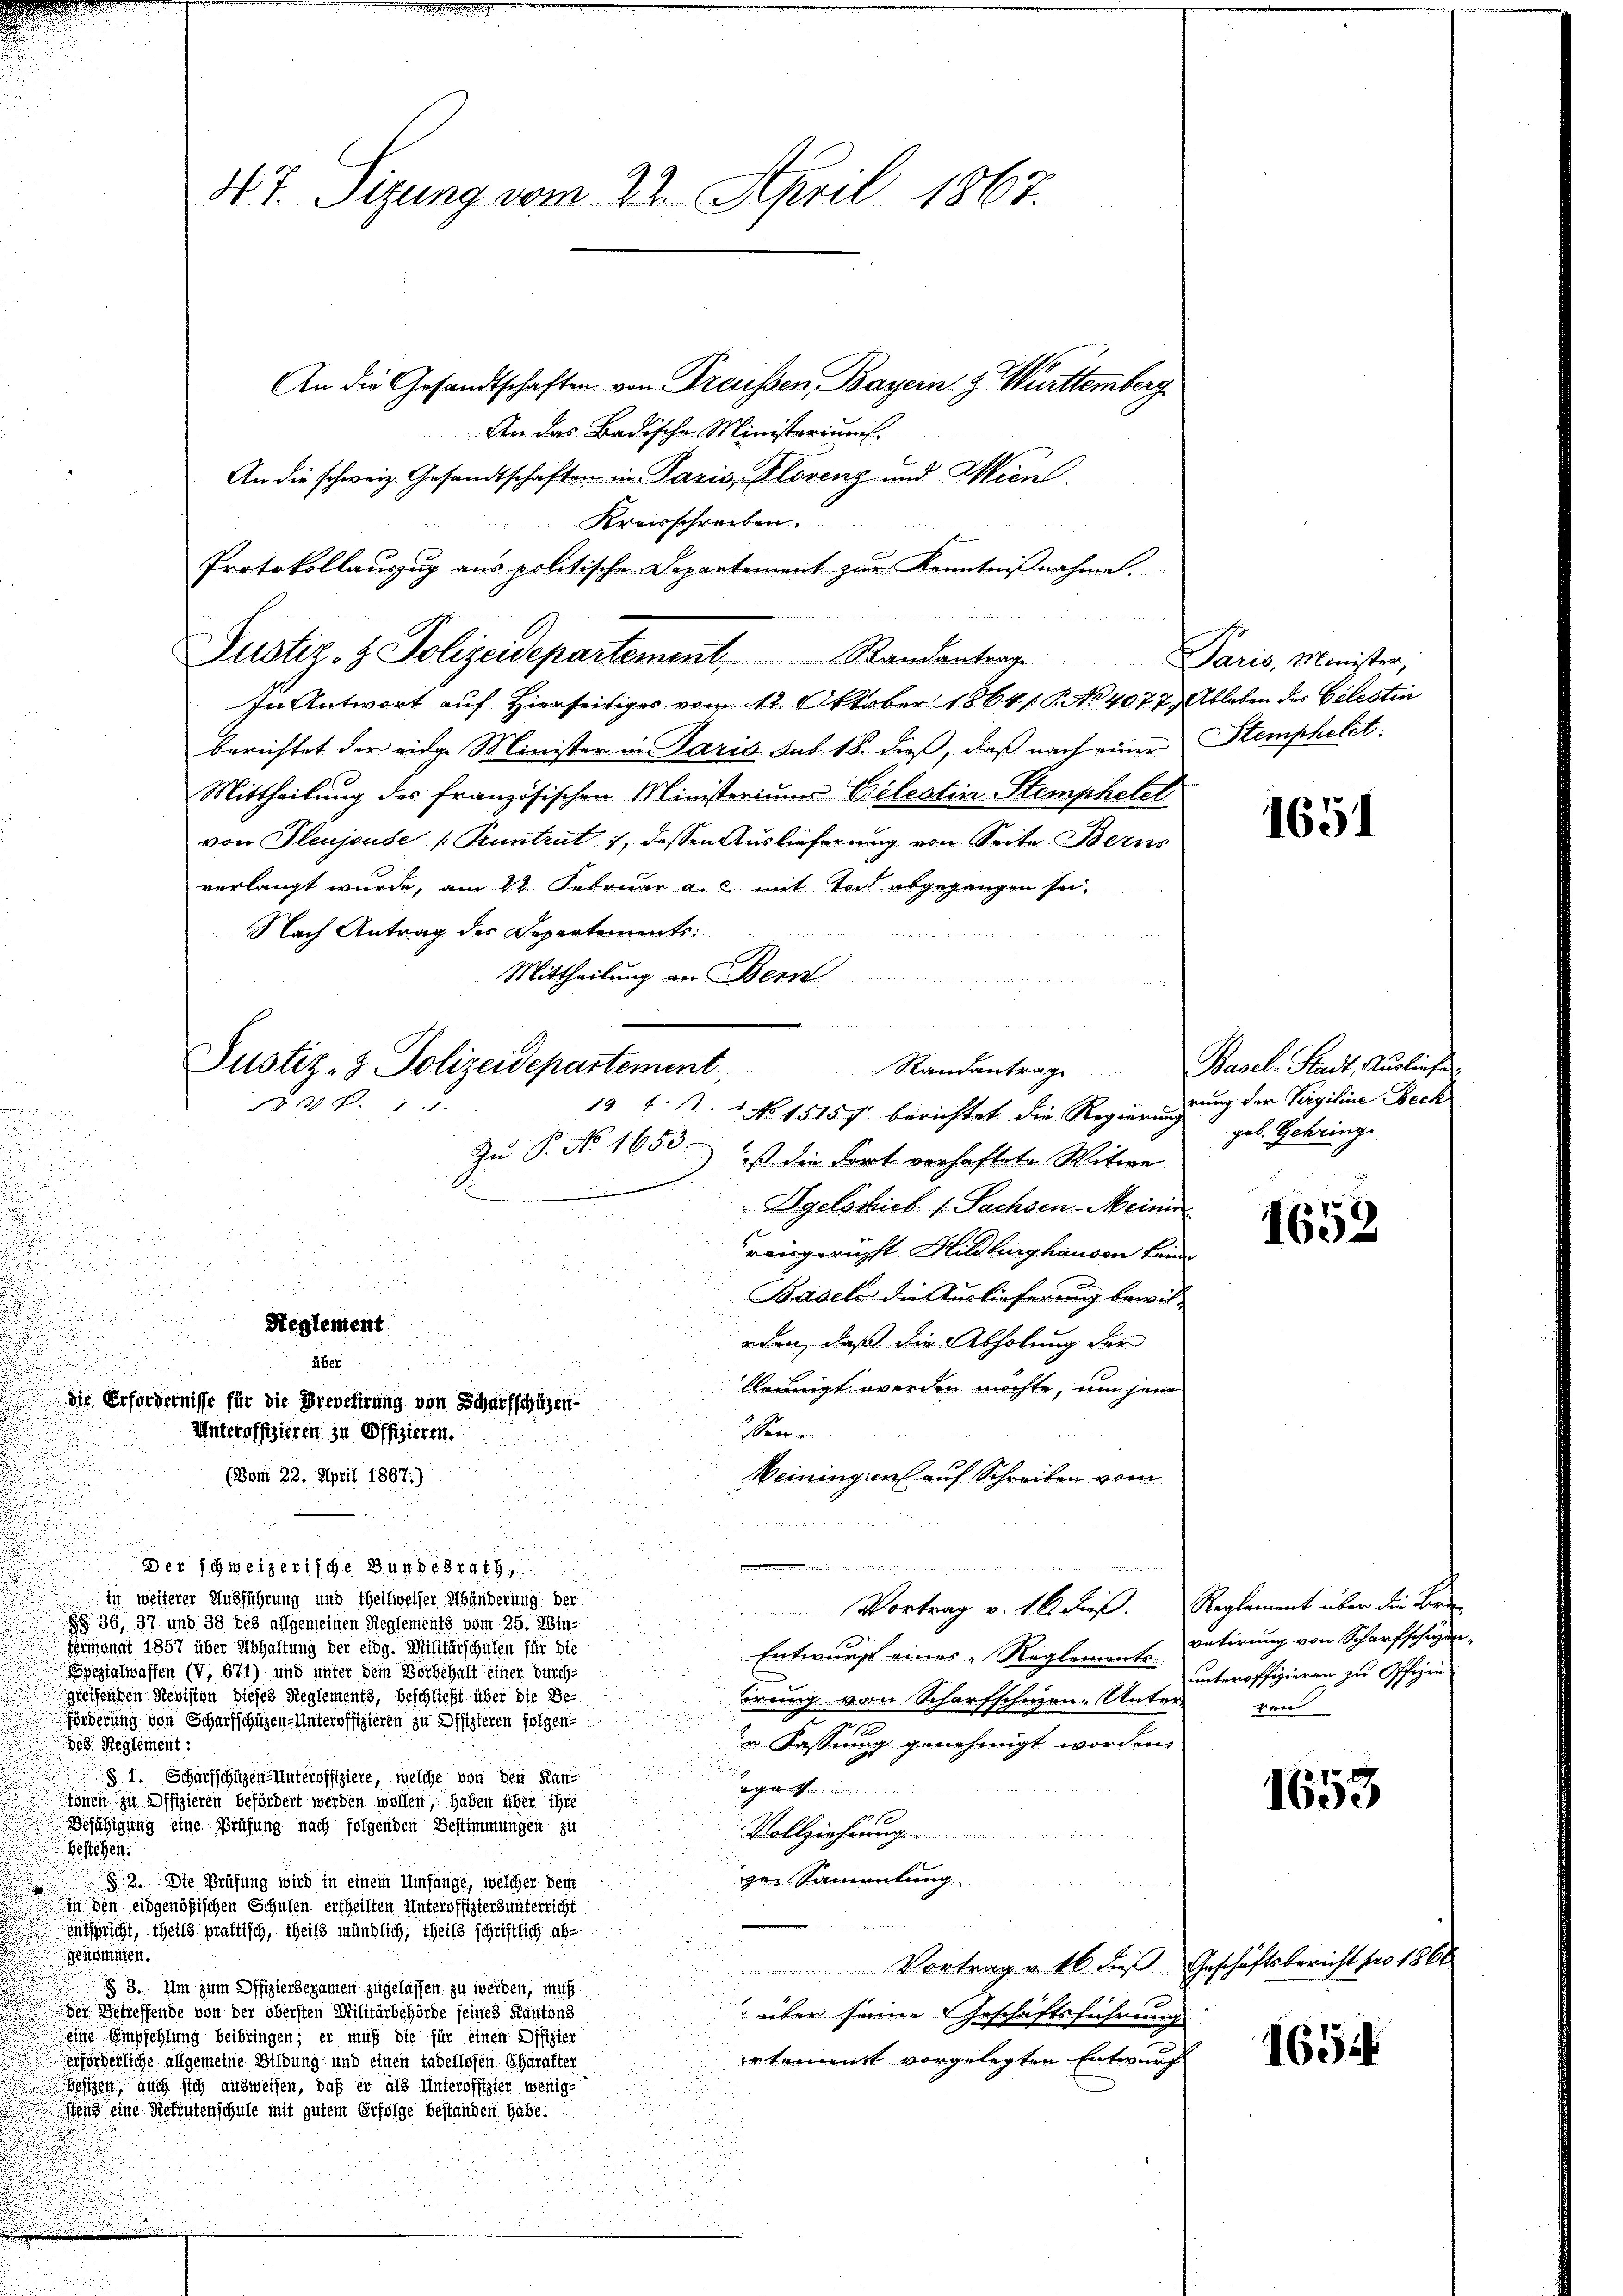
.

.

u

N.T. Sitzung vom 22. April 1867.

Justiz- & Polizeidepartement, Randantrage
r 30 f. 1
19 f. 1 No 15157 berichtet die Regierungung der Vergiline Beck

Reglement

über
Die Erfordernisse für die Brevetirung von Scharfschüzen-
Unteroffizieren zu Offizieren.
(Vom 22. April 1867.)

a

u
u
 des Reglement:
Bestehen.
d
genommen.
.

An die Gesandtschaften von Freussen, Bayern & Württemberg
An das Badische Ministoriums.
An die schweiz. Gesandtschaften in Paris, Plorenz und Wien.
Kreisschreiben.
Protokollauszug aus politische Departement zur Kenntnißnahme.

In Antwort auf Hierseitiges vom 12. Oktober 1864 s. S. No 4077, Ableben des Celestin
berichtet der eidge Minister in Paris sub 18. dieß, daß nach einer Stemphelet:
Mittheilung des Französischen Ministeriums Celestin Stemphelel
von Pleujeude [Kuntrut 1, dessen Auslieferung von Seite Berns
verlangt wurde, am 24. Februar a. c. mit Tod abgegangen sei,
Nach Antrag des Departements
a
Mittheilung an Bern

Justiz- & Polizeidepartement, Randantrag daris, Minister,

Zu P. No. 1650 ist die Fort verhaftete Witwe
Dgelosich (Sachsen-Meinen
reisgericht Hildburghausen keine

Basch die Auslieferung bewileden, daß die Abholung der
kleunigt werden möchte, um jene
Seine
Weiningen auf Schreiben vom

52
.

Der schweizerische Bundesrath

in weiterer Ausführung und Theilweiser Abänderung der
Vortrag v. 16 dieß. Reglement über die Bri
§§ 36, 37 und 38 des allgemeinen Reglements vom 25. Win-
Fermonat 1857 über Abhaltung der eidg. Militärschulen für die
Entwurf eines Reglements steroffizieren zu Offizie
Spezialwassen (V, 671) und unter dem Vorbehalt einer durchgreifenden Revision dieses Reglements, beschließt über die Be-
erung von Scharfschuzen-Unter
Förderung von Scharfschüzen-Unteroffizieren zu Offizieren folgenge
 Fassung genehmigt worden,
§ 1. Schürfschüzen-Unteroffiziere, welche von den Kan-

tönen zu Offizieren befördert werden wollen, haben über ihre
Befähigung eine Prüfung nach folgenden Bestimmungen zu
Vollziehung
ze Sammlung

§ 2. Die Prüfung wird in einem Umfange, welcher dem
inden eidgenößischen Schulen ertheilten Unteroffiziers unterricht
entspricht, theils praktisch, theils mündlich, theils schriftlich ab¬
Vortrag v. 16 dieß. Geschäftsbericht pro 1861.
§ 3. Um zum Offiziersexamen zugelassen zu werden, muß
der Betreffende von der obersten Militärbehörde seines Kantons
über seine Geschäftsführung
eine Empfehlung beibringen; er muß die für einen Offizier
ertement vorgelegten Entwurf
erhöcherliche allgemeine Bildung und einen tabellosen Charakter
Bösigen, auch sich ausweisen, daß er als Unteroffizier wenige
stens eine Rekrutenschule mit gutem Erfolge bestanden habe.

1651

Basel-Stadt, Ausliefer
geb. Gehringe

1652

vetirung von Scharfschuzen
ren.

1653

1654